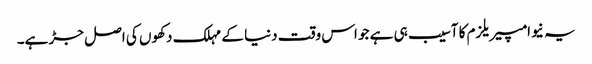
یہ نیوامپیریلزم کا آسیب ہی ہے جو اس وقت دنیا کے مہلک دکھوں کی اصل جڑ ہے۔